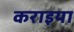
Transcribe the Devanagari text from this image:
कराइया